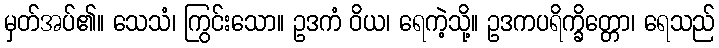
မှတ်အပ်၏။ သေသံ၊ ကြွင်းသော။ ဥဒကံ ဝိယ၊ ရေကဲ့သို့။ ဥဒကပရိက္ခိတ္တော၊ ရေသည်